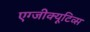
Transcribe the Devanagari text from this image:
एग्जीक्यूटिव्स